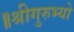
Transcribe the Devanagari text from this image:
॥श्रीगुरुभ्यो